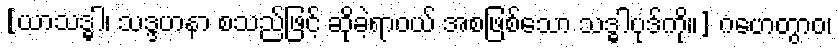
[ယာသဒ္ဓါ၊ သဒ္ဒဟနာ စသည်ဖြင့် ဆိုခဲ့ရာဝယ် အစဖြစ်သော သဒ္ဓါပုဒ်ကို။] ဂဟေတွာဝ၊